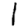
Digit: 1